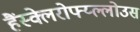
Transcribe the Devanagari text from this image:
हैंस्क्लेरोफ्य्ल्लोउस